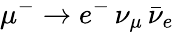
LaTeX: \mu^{-}\rightarrow e^{-}\, \nu_{\mu}\, \bar{\nu}_{e}